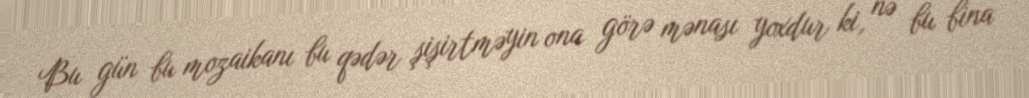
Bu gün bu mozaikanı bu qədər şişirtməyin ona görə mənası yoxdur ki, nə bu bina